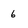
Character: 6